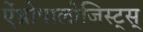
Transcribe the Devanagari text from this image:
ऐंथ्रोपालोजिस्ट्स्